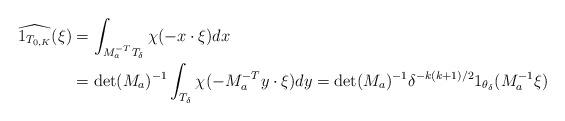
LaTeX: \begin{align*}\widehat{1_{T_{0,K}}}(\xi) &= \int_{M_a^{-T}T_{\delta}} \chi(-x \cdot \xi) dx \\&= \det(M_a)^{-1} \int_{T_{\delta}} \chi(-M_a^{-T} y \cdot \xi) dy = \det(M_a)^{-1} \delta^{-k(k+1)/2} 1_{\theta_{\delta}}(M_a^{-1} \xi)\end{align*}